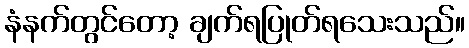
နံနက်တွင်တော့ ချက်ရပြုတ်ရသေးသည်။